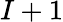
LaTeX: I+1